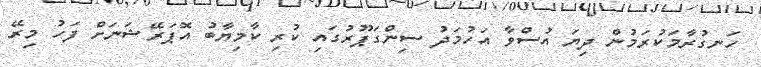
ހަނގުރާމަކުރަމުން ދިޔަ އުސްވާ އަހުމަދު ސިންގަޕޫރުގައި ކުރި ކާމިޔާބު އޮޕަރޭޝަނަށް ފަހު މިރޭ